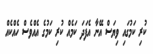
ކުރި ކަމުގައި ވިޔަސް އޭނާ އެފަދަ ކަމެއް ކުރި ކަމުގެ އެއްވެސް ހެއްކެއް